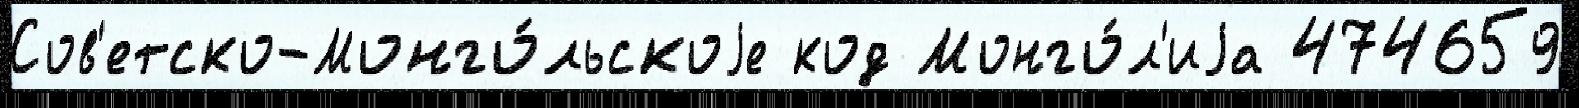
Сов'етско-Монго́льскоjе код Монго́л'иjа 474659